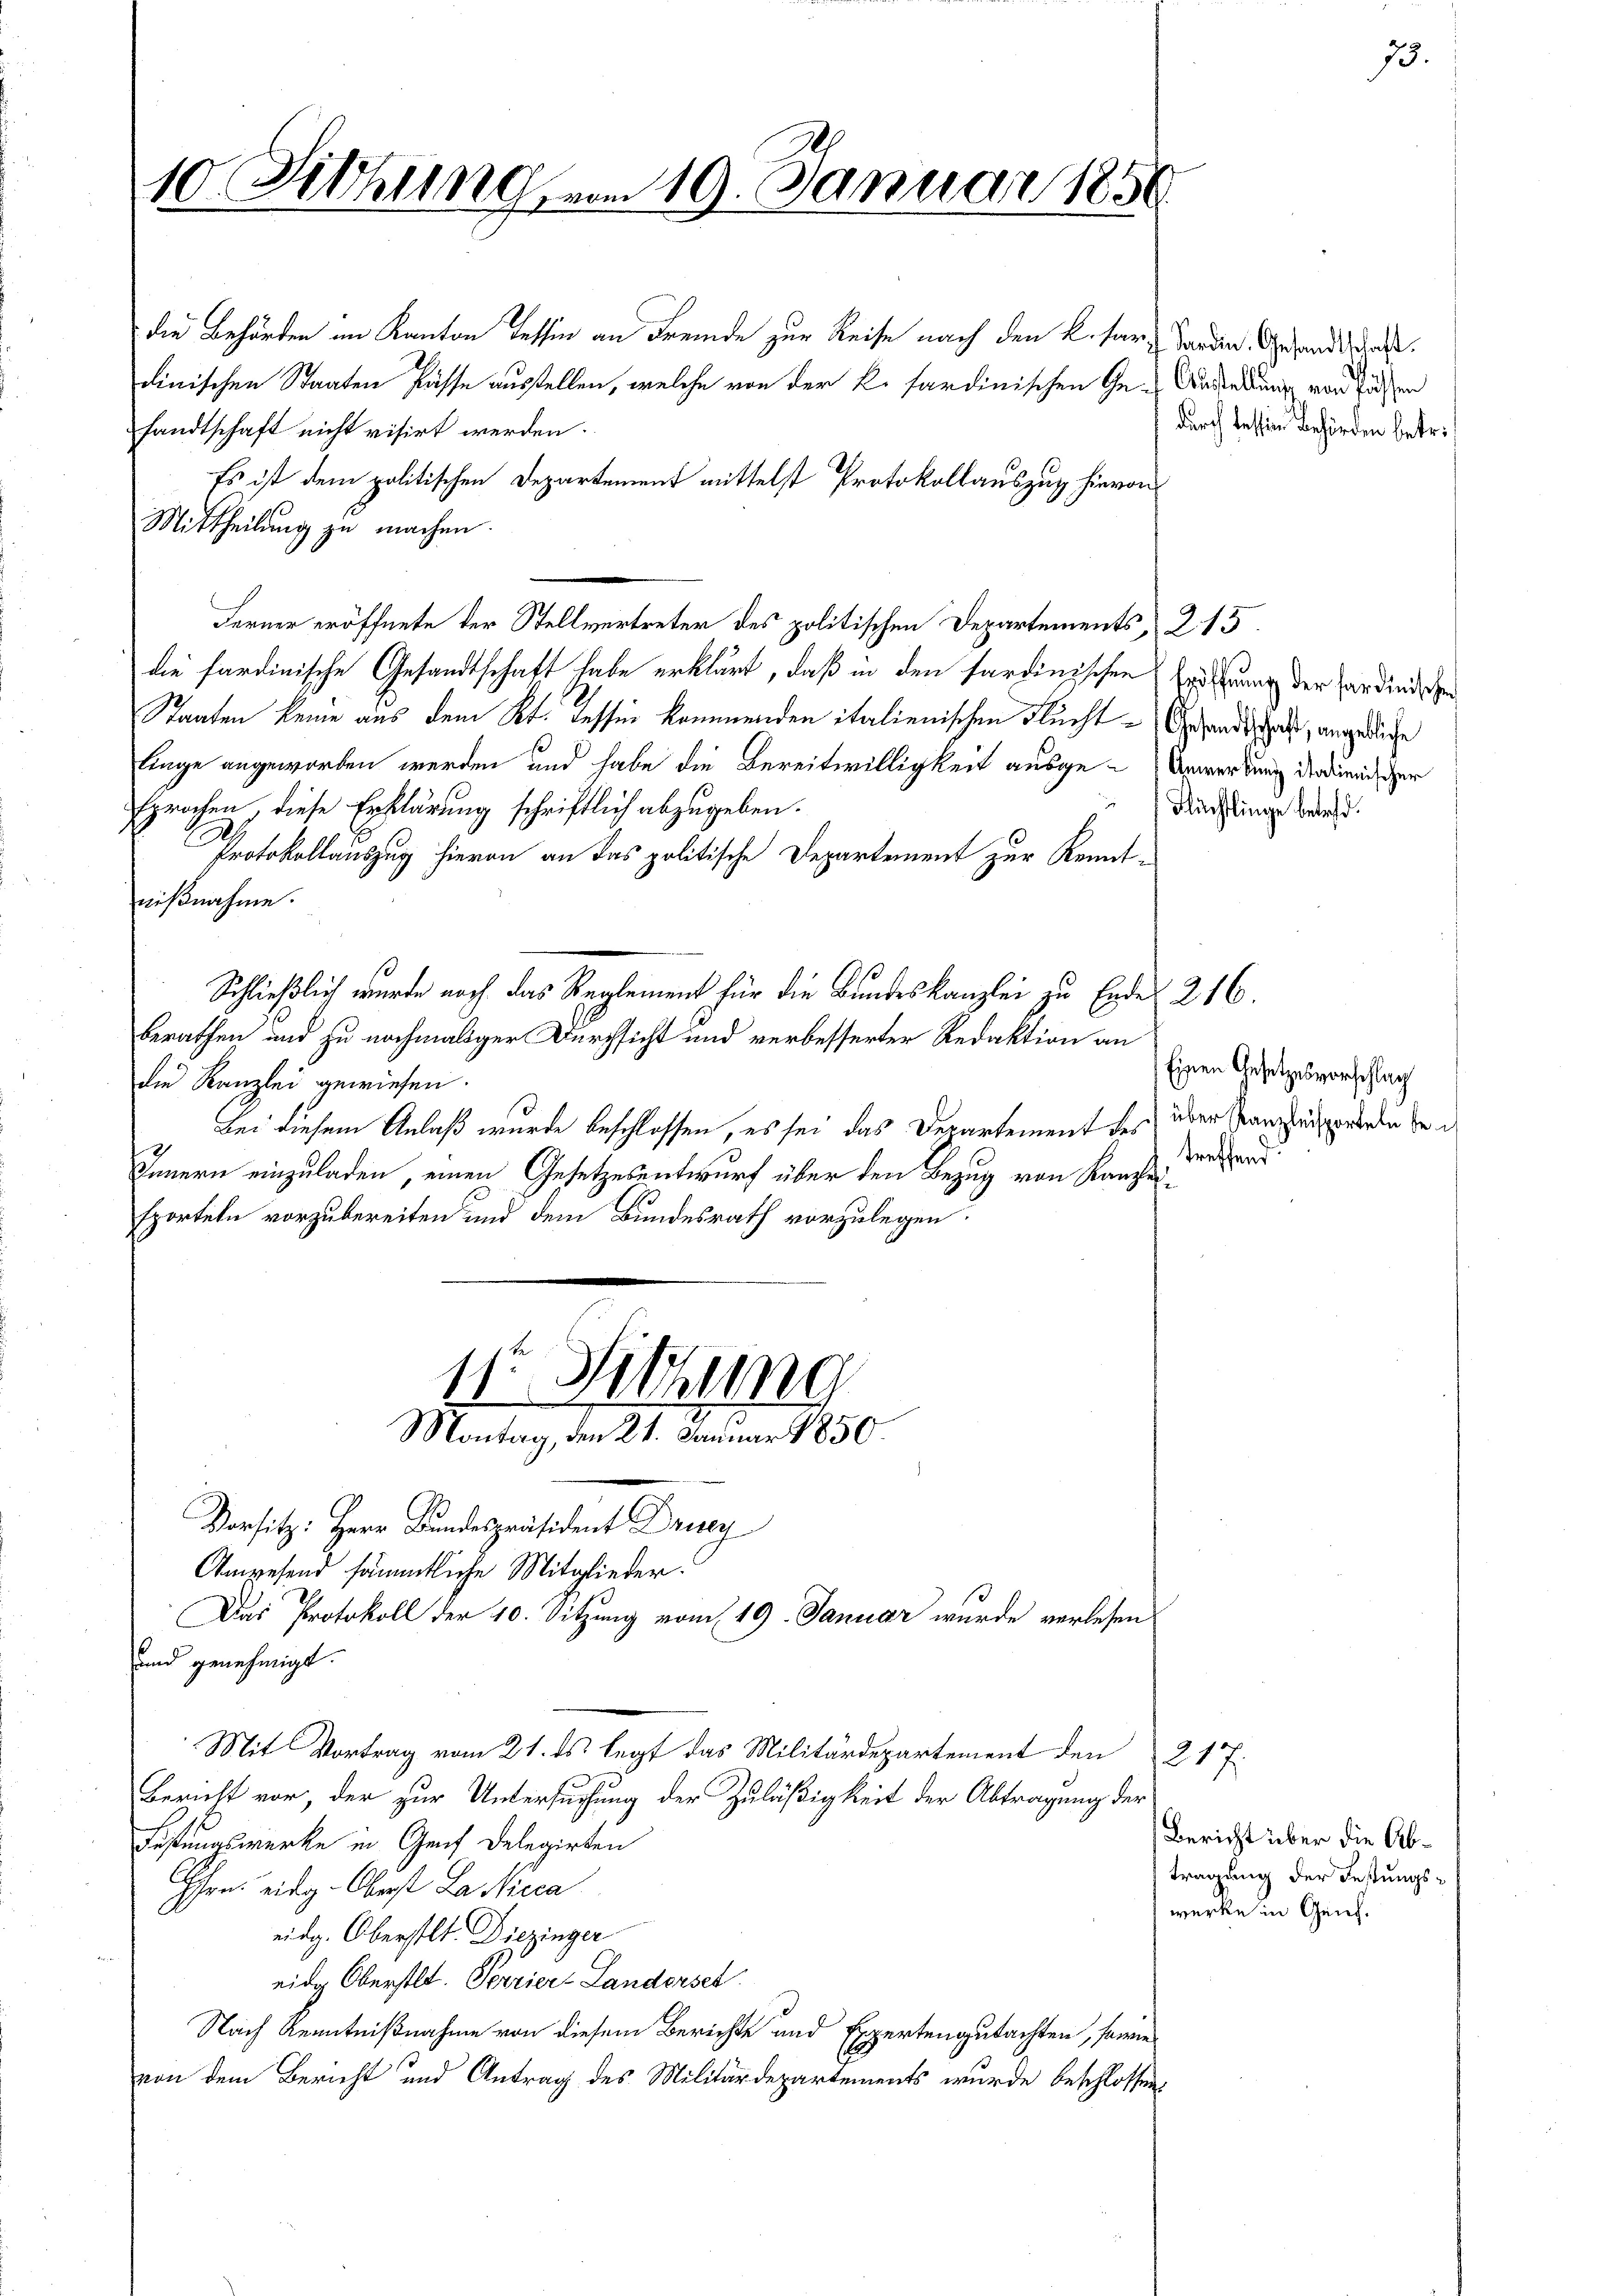
10. Febhung vom 19. Januar 1856

die Behörden im Kanton Tessin an Fremde zur Reise nach den K. für Forden. Gesandt das
dinischen Staaten fasse ausstellen, welche von der K. sardinischen Ge- Anderkung von Eisen
sandtschaft nicht visirt werden.
Es ist dem politischen Departement mittelst Protokollauszug hievon
Mittheilung zu machen.
Ferner eröffnete der Stellvertreter des politischen Departements, 215.
die sardinische Gesandtschaft habe erklärt, daß in den sardinischen Enderung der Hardinischen
Staaten keine aus dem Kt. Tessin kommenden italienischen Flucht Gesandtschaft, angediege
linge angeworben werden und habe die Bereitwilligkeit ausge-Anwendung der dienischer
sprochen, diese Erklärung schriftlich abzugeben.
Protokollauszug hievon an das politische Departement zur Kennt-
nißnahme.
Schließlich wurde noch das Reglement für die Bundeskanzlei zu Ende 216.
berathen und zu nochmaliger Durchsicht und verbesserter Redaktion an
die Kanzlei gewiesen.
Bei diesem Anlaß wurde beschlossen, es sei das Departement des über Sanzhasperren be
Innern einzuladen, einen Gesetzesentwurf über den Bezug von Kanzleisporteln vorzubereiten und dem Bundesrath vorzulegen.

.

11. Sitzung
Montag, den 21. Januar 1850
Das Protokoll der 10. Sitzung vom 19. Januar wurde verlesen

Vorsitz: Herr Bundespräsident Druc
Ampesend sämmtliche Mitglieder.
und genehmigt.
Mit Vortrag vom 21. ds. legt das Militärdepartement den
Bericht vor, der zur Untersuchung der Zuläßigkeit der Abtragung der
Festungswerke in Genf Delegirten
Hrn. Eidg. Oberst La Nicca
eidg. Oberstlt. Diezinger
eidg Oberstlt. Serier Landerset
Nach Kenntnißnahme von diesem Berichte und Expertengutachten, sowie
von dem Bericht und Antrag des Militärdepartements wurde beschlossen,

durch dessen Behörden betr.

217.

Flüchtlinge betreff.

75.

Einen Gesetzesvorschlag
treffend

Bericht über die Abtragung der Festungswerke in Genf.